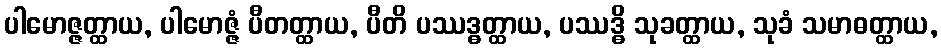
ပါမောဇ္ဇတ္ထာယ, ပါမောဇ္ဇံ ပီတတ္ထာယ, ပီတိ ပဿဒ္ဓတ္ထာယ, ပဿဒ္ဓိ သုခတ္ထာယ, သုခံ သမာဓတ္ထာယ,